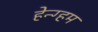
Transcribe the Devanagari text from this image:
हेन्ग्हम